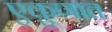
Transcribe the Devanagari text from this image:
एकुणात